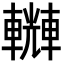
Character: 𨏆